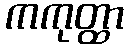
ကကုတ္ထာ